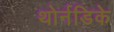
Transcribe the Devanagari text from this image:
थोर्नडिके